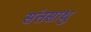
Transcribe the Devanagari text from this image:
संतसाधु